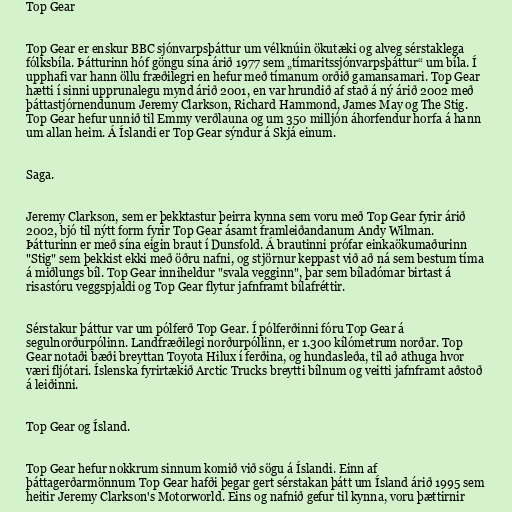
Top Gear

Top Gear er enskur BBC sjónvarpsþáttur um vélknúin ökutæki og alveg sérstaklega
fólksbíla. Þátturinn hóf göngu sína árið 1977 sem „tímaritssjónvarpsþáttur“ um bíla. Í
upphafi var hann öllu fræðilegri en hefur með tímanum orðið gamansamari. Top Gear
hætti í sinni upprunalegu mynd árið 2001, en var hrundið af stað á ný árið 2002 með
þáttastjórnendunum Jeremy Clarkson, Richard Hammond, James May og The Stig.
Top Gear hefur unnið til Emmy verðlauna og um 350 milljón áhorfendur horfa á hann
um allan heim. Á Íslandi er Top Gear sýndur á Skjá einum.

Saga.

Jeremy Clarkson, sem er þekktastur þeirra kynna sem voru með Top Gear fyrir árið
2002, bjó til nýtt form fyrir Top Gear ásamt framleiðandanum Andy Wilman.
Þátturinn er með sína eigin braut í Dunsfold. Á brautinni prófar einkaökumaðurinn
"Stig" sem þekkist ekki með öðru nafni, og stjörnur keppast við að ná sem bestum tíma
á miðlungs bíl. Top Gear inniheldur "svala vegginn", þar sem bíladómar birtast á
risastóru veggspjaldi og Top Gear flytur jafnframt bílafréttir.

Sérstakur þáttur var um pólferð Top Gear. Í pólferðinni fóru Top Gear á
segulnorðurpólinn. Landfræðilegi norðurpóllinn, er 1.300 kílómetrum norðar. Top
Gear notaði bæði breyttan Toyota Hilux í ferðina, og hundasleða, til að athuga hvor
væri fljótari. Íslenska fyrirtækið Arctic Trucks breytti bílnum og veitti jafnframt aðstoð
á leiðinni.

Top Gear og Ísland.

Top Gear hefur nokkrum sinnum komið við sögu á Íslandi. Einn af
þáttagerðarmönnum Top Gear hafði þegar gert sérstakan þátt um Ísland árið 1995 sem
heitir Jeremy Clarkson's Motorworld. Eins og nafnið gefur til kynna, voru þættirnir